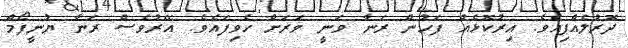
ދޮރުލެއްޕިއެވެ. އިރުކޮޅެއް ފަހުން ރަނާ ވަނީ ވަރަށް ހެވިފައެވެ. އޭރުވެސް ރަނާ ޔުނީފޯމް